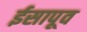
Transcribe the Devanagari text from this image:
ईसापूव